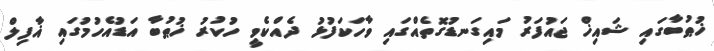
ޚުޠުބާގައި ޝައިޚް ޖައުފަރު މައިގަނޑުގޮތެއްގައި ވާހަކަފުޅު ދެއްކެވީ ހުކުރު ޚުޠުބާ އަޑުއެހުމުގައި ޣާފިލް